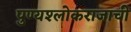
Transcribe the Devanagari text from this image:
पुण्यश्लोकराजाची